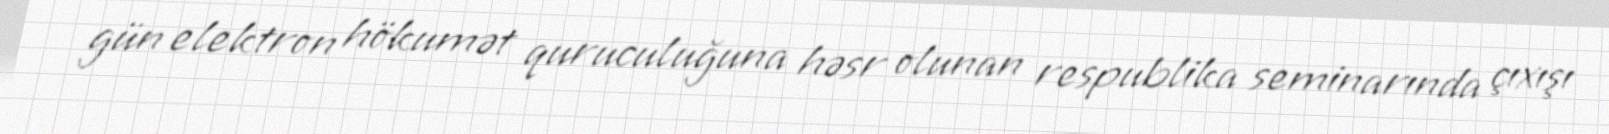
gün elektron hökumət quruculuğuna həsr olunan respublika seminarında çıxışı